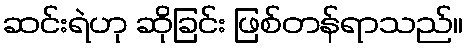
ဆင်းရဲဟု ဆိုခြင်း ဖြစ်တန်ရာသည်။